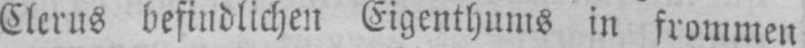
Clerus befindlichen Eigenthums in frommen